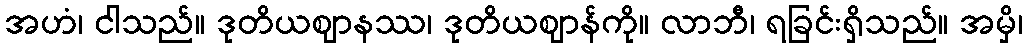
အဟံ၊ ငါသည်။ ဒုတိယဈာနဿ၊ ဒုတိယဈာန်ကို။ လာဘီ၊ ရခြင်းရှိသည်။ အမှိ၊